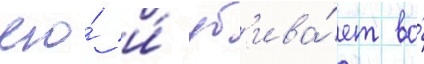
его́ и́ уб'ива́ет во́